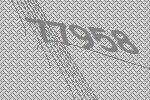
77958